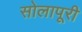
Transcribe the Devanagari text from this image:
सोलापूरी